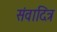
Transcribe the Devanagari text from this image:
संवादित्र